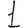
Digit: 1